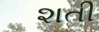
શતી